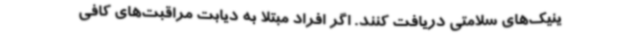
ینیک‌های سلامتی دریافت کنند. اگر افراد مبتلا به دیابت مراقبت‌های کافی